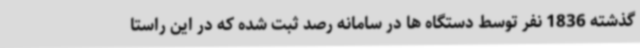
گذشته 1836 نفر توسط دستگاه ها در سامانه رصد ثبت شده که در این راستا